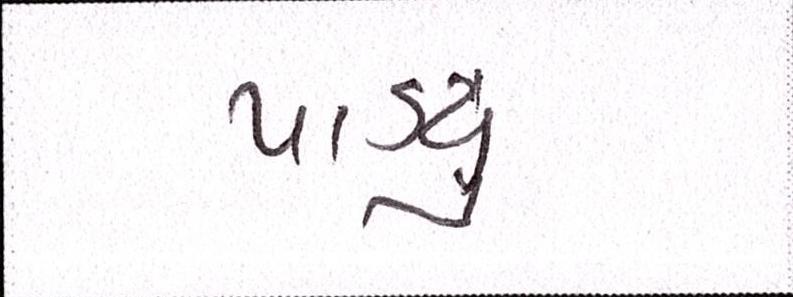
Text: પાડ્યું